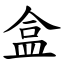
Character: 盒